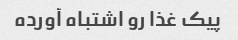
پیک غذا رو اشتباه آورده